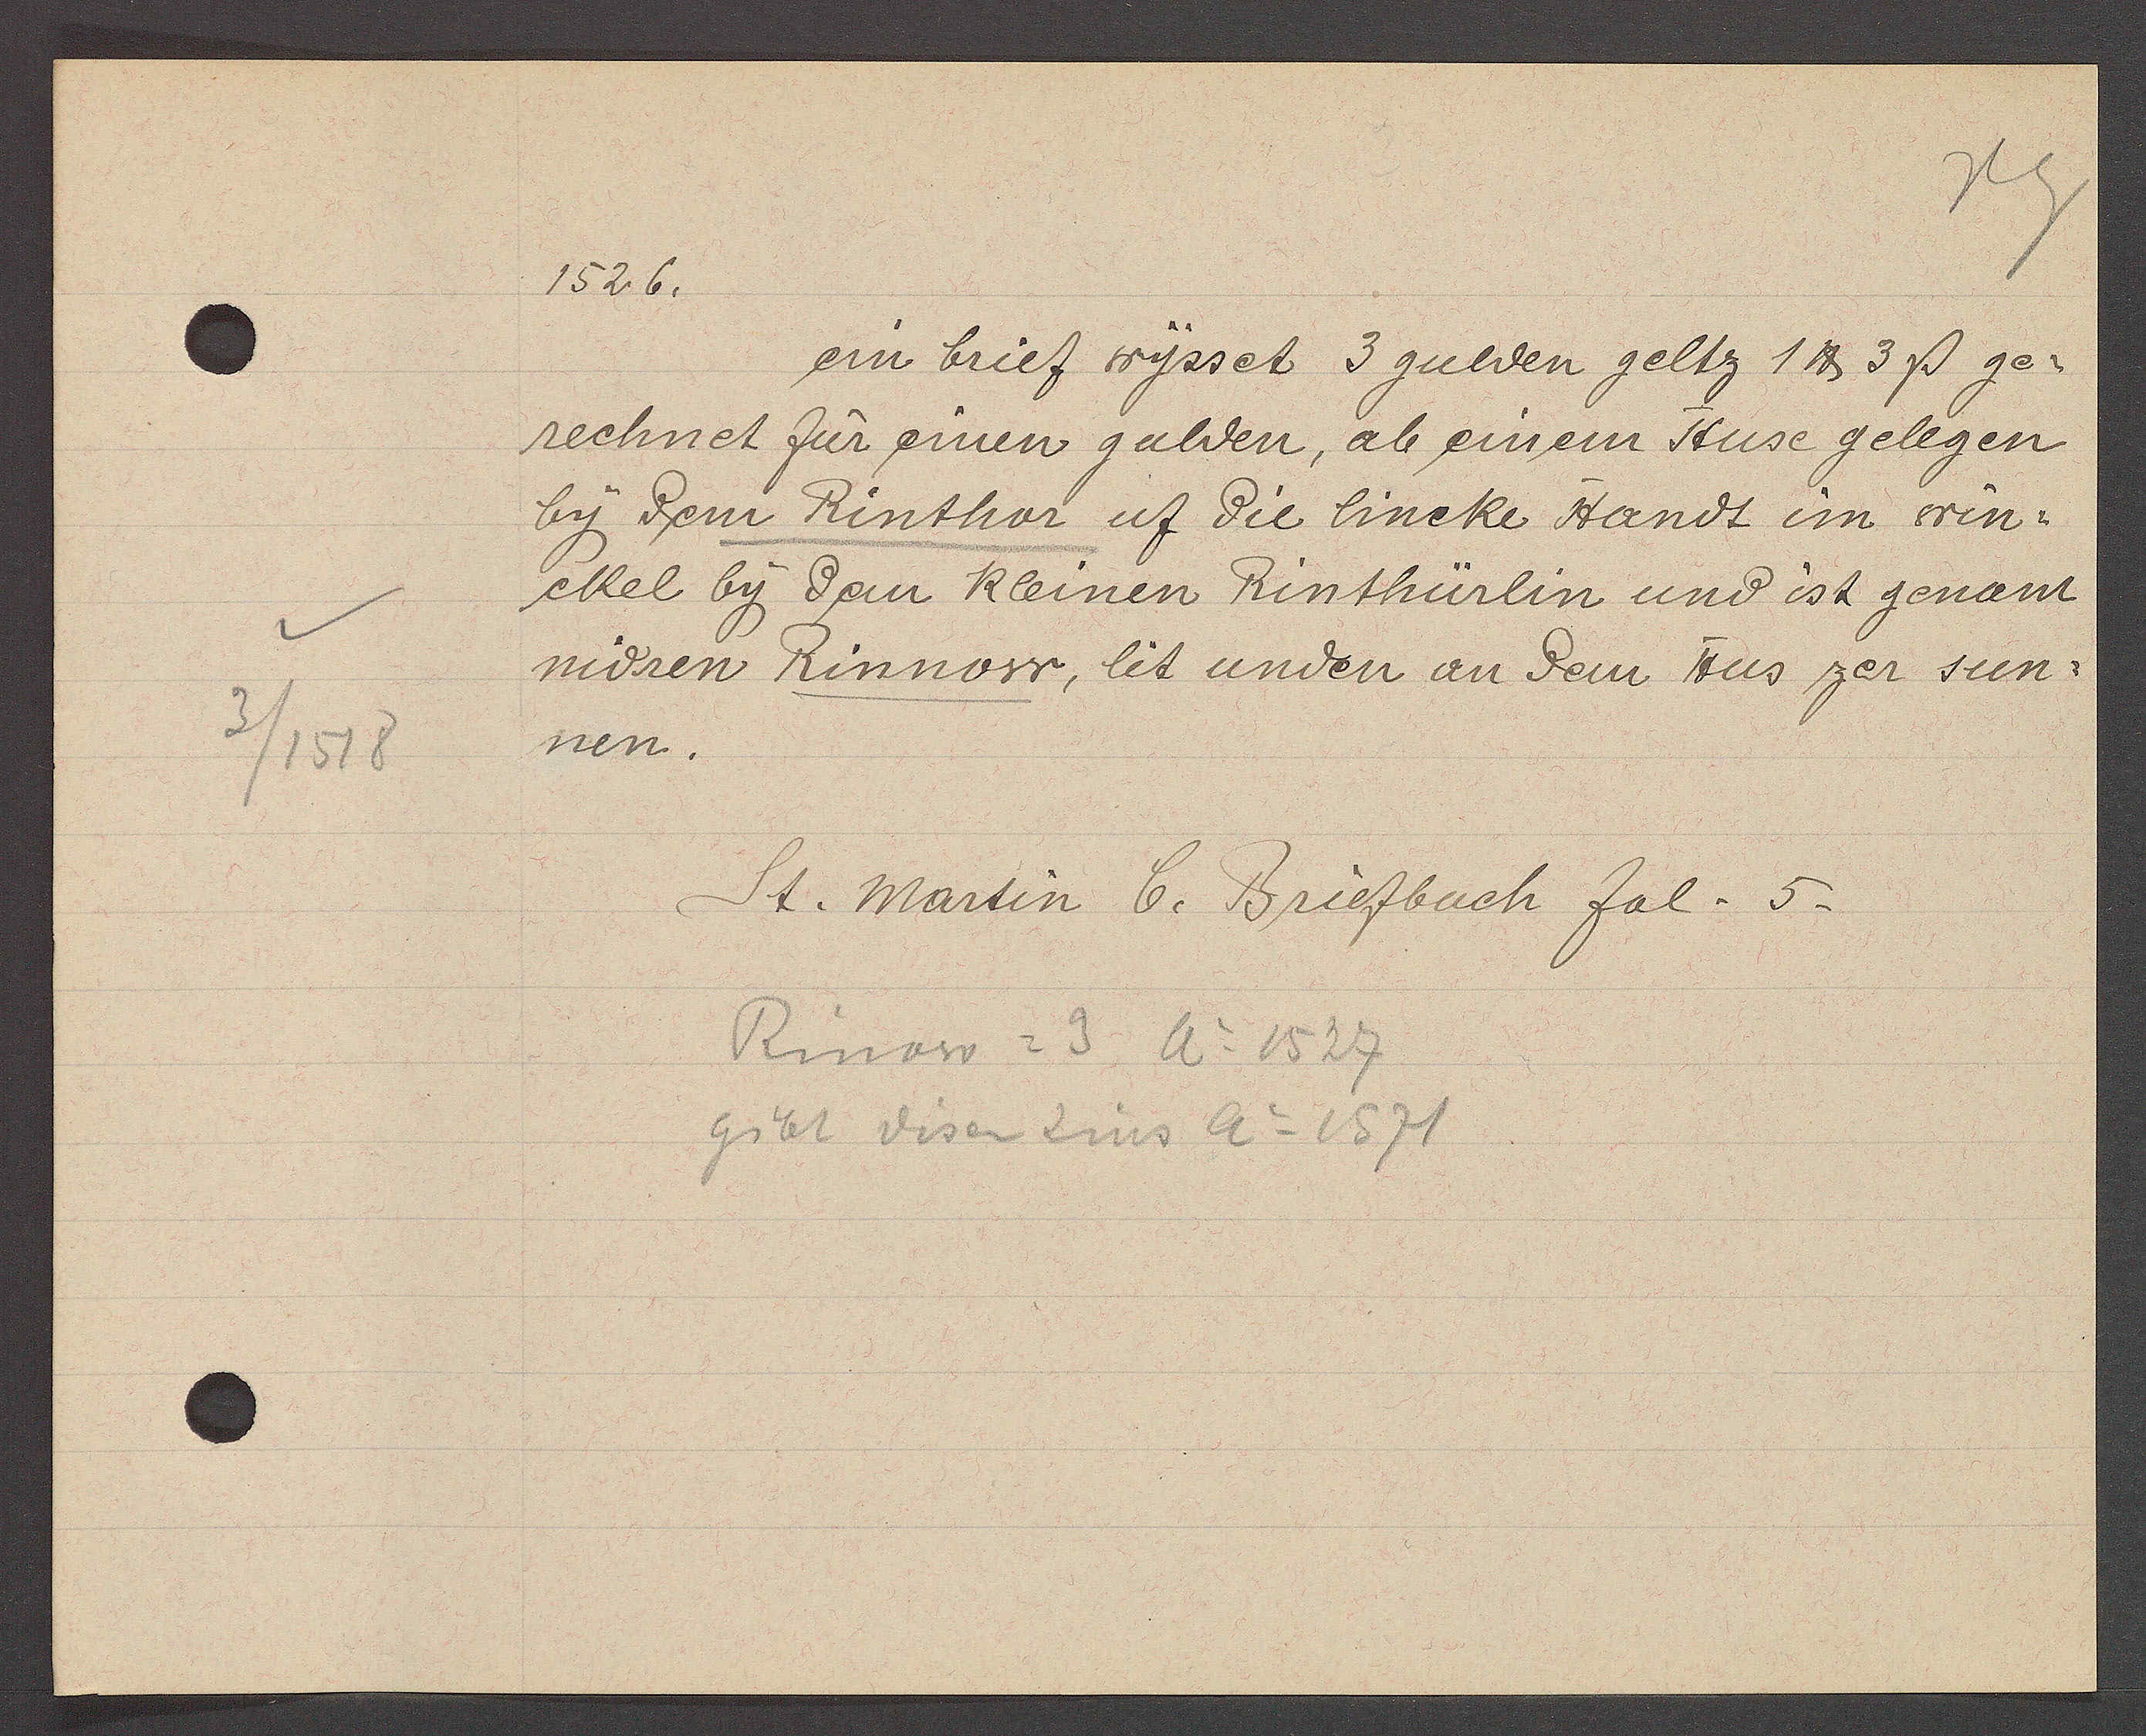
Transcript:
3/1518

1526.

ein brief wysset 3 gulden geltz 1 ℔ 3ß ge-
rechnet fur einen gulden, ab einem Huse gelegen
by dem Rinthor uf die lincke Handt im win-
eckel by dem kleinen Rinthürlin und ist genant
nidren Rinnow, lit unden an dem Hus zer sun-
nen.

St. martin b. Briefbuch fol. 5.

Rinow = 3 A= 1527
gibt disen Zins A= 1571